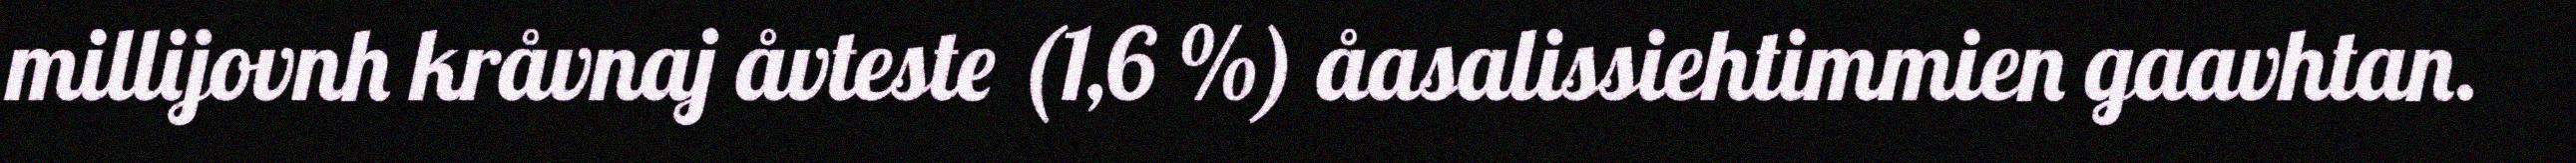
millijovnh kråvnaj åvteste (1,6 %) åasalissiehtimmien gaavhtan.